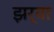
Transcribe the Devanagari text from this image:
झर्‍या